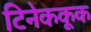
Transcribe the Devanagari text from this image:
टिनेककूक